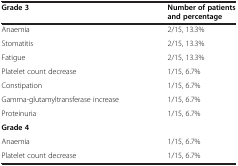
<table><thead><tr><td><b>Grade 3</b></td><td><b>Number of patients and percentage</b></td></tr></thead><tbody><tr><td>Anaemia</td><td>2/15, 13.3%</td></tr><tr><td>Stomatitis</td><td>2/15, 13.3%</td></tr><tr><td>Fatigue</td><td>2/15, 13.3%</td></tr><tr><td>Platelet count decrease</td><td>1/15, 6.7%</td></tr><tr><td>Constipation</td><td>1/15, 6.7%</td></tr><tr><td>Gamma-glutamyltransferase increase</td><td>1/15, 6.7%</td></tr><tr><td>Proteinuria</td><td>1/15, 6.7%</td></tr><tr><td><b>Grade 4</b></td><td> </td></tr><tr><td>Anaemia</td><td>1/15, 6.7%</td></tr><tr><td>Platelet count decrease</td><td>1/15, 6.7%</td></tr></tbody></table>